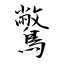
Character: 鷩